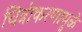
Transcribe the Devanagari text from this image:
चित्रीकरणामुळे